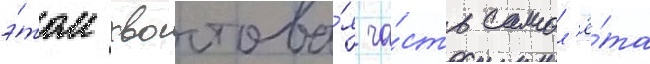
э́том хвостова́я ча́сть самол'ё́та